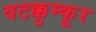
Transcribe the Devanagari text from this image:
वटक्कुम्कूर